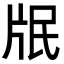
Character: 𭷋